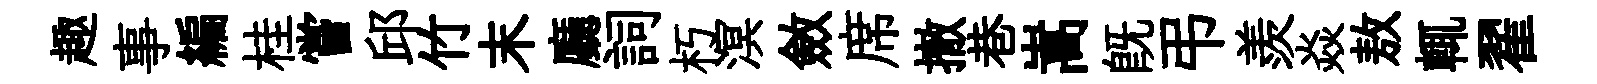
趣事編桂嘗邱竹末廳詞朽溟斂席撤巷嵩既弔羨焱敖輒翟